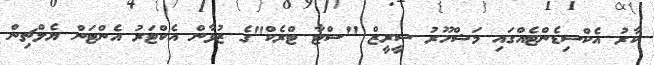
ކާރު އެކްސިޑެންޓެއްގައި މަޝްހޫރު ސީރީޒް "ސްޓާ ޓްރެކް"ގެ ޒުވާން އެކްޓަރު އެންޓަން ޔެލްޗިން